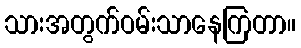
သားအတွက်ဝမ်းသာနေကြတာ။